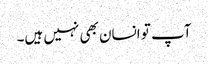
آپ تو انسان بھی نہیں ہیں۔